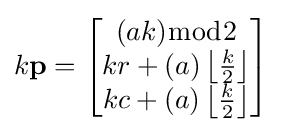
k\mathbf {p} ={\begin{bmatrix}(ak){\bmod {2}}\\kr+(a)\left\lfloor {\frac {k}{2}}\right\rfloor \\kc+(a)\left\lfloor {\frac {k}{2}}\right\rfloor \end{bmatrix}}